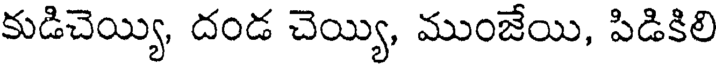
కుడిచెయ్యి, దండ చెయ్యి, ముంజేయి, పిడికిలి